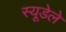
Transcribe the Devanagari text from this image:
स्यूडेले